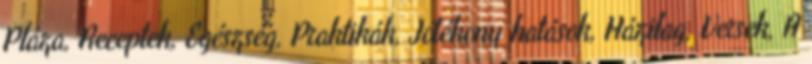
Pláza, Receptek, Egészség, Praktikák, Jótékony hatások, Házilag, Versek, A